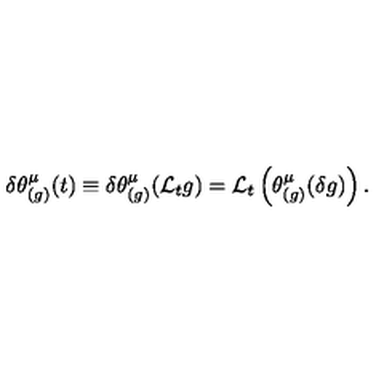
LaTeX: \delta \theta _ { ( g ) } ^ { \mu } ( t ) \equiv \delta \theta _ { ( g ) } ^ { \mu } ( { \cal L } _ { t } g ) = { \cal L } _ { t } \left( \theta _ { ( g ) } ^ { \mu } ( \delta g ) \right) .